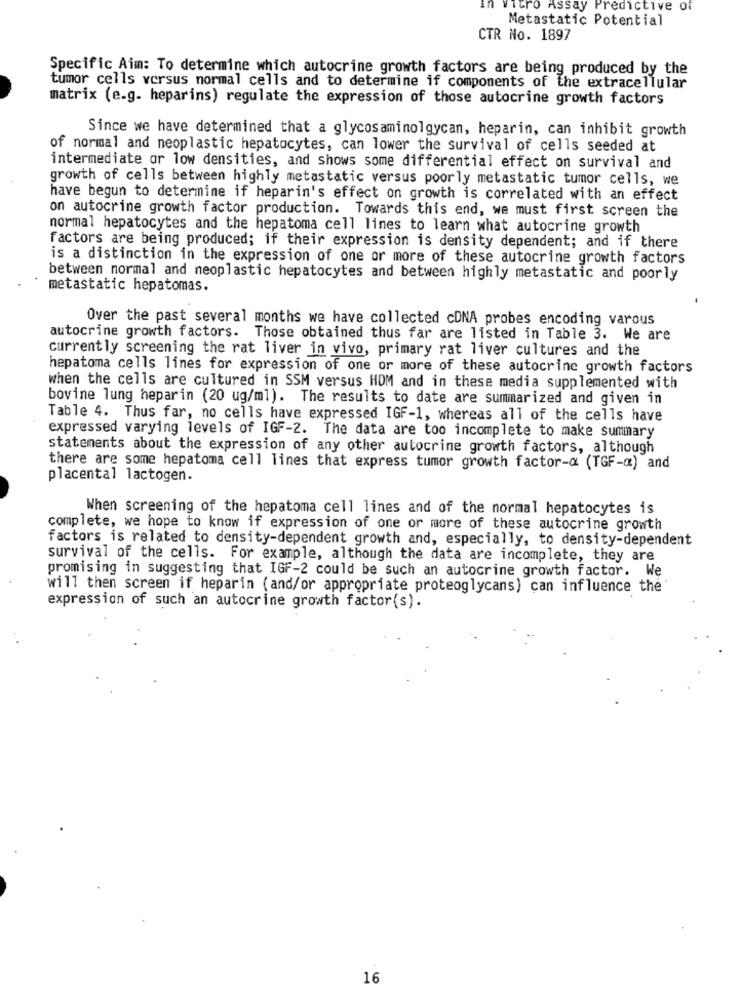
itro Assay Predictive of
Metastatic Potential
CTR No. 1897
Specific Aim: To determine which autocrine growth factors are being produced by the
tumor cells versus normal cells and to determine if components of the extracellular
matrix (e.g. heparins) regulate the expression of those autocrine growth factors
Since we have determined that a glycosaminolgycan, heparin, can inhibit growth
of normal and neoplastic hepatocytes, can lower the survival of cells seeded at
intermediate or low densities, and shows some differential effect on survival and
growth of cells between highly metastatic versus poorly metastatic tumor cells, we
have begun to determine if heparin's effect on growth is correlated with an effect
on autocrine growth factor production. Towards this end, we must first screen the
normal hepatocytes and the hepatoma cell lines to learn what autocrine growth
factors are being produced; if their expression is density dependent; and if there
is a distinction in the expression of one or more of these autocrine growth factors
between normal and neoplastic hepatocytes and between highly metastatic and poorly
metastatic hepatomas.
Over the past several months we have collected cDNA probes encoding varous
autocrine growth factors. Those obtained thus far are listed in Table 3. We are
currently screening the rat liver in vivo, primary rat liver cultures and the
hepatoma cells lines for expression of one or more of these autocrine growth factors
when the cells are cultured in SSM versus HDM and in these media supplemented with
bovine lung heparin (20 ug/ml). The results to date are summarized and given in
Table 4. Thus far, no cells have expressed IGF-1, whereas all of the cells have
expressed varying levels of IGF-2. The data are too incomplete to make summary
statements about the expression of any other autocrine growth factors, although
there are some hepatoma cell lines that express tumor growth factor-d (TGF-g) and
placental lactogen.
When screening of the hepatoma cell lines and of the normal hepatocytes is
complete, we hope to know if expression of one or more of these autocrine growth
factors is related to density-dependent growth and, especially, to density-dependent
survival of the cells. For example, although the data are incomplete, they are
promising in suggesting that IGF-2 could be such an autocrine growth factor. We
will then screen if heparin (and/or appropriate proteoglycans) can influence the
expression of such an autocrine growth factor(s).
16